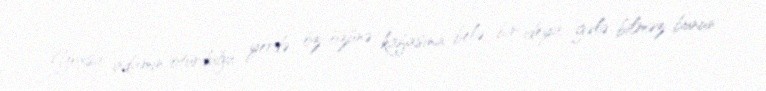
Yoxsa adamın oturduğu yerdə öz-özünə kafasına belə bir ideya gələ bilməz-bunun